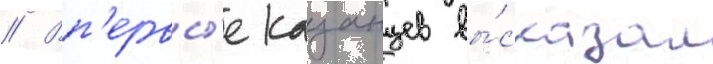
// Вп'ервы́е казанцев вы́сказал